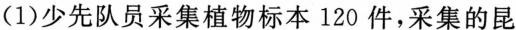
(1)少先队员采集植物标本120件，采集的昆